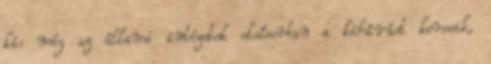
ki: míg az állami intézetek elsősorban a kihívást keresik,